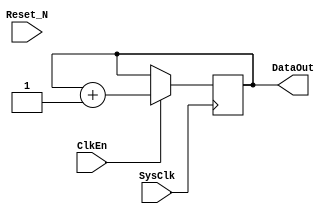

 `timescale 1ps/10fs   
 `define DebugData                                           
                                                            

///////////////////////////////////////////////////////////
/**********************************************************
	
	
	
	
	
	
	
	 2019-6-28
	V10
	
**********************************************************/

module PRBS9GenX8
(   
	//System Signal
	SysClk,		//(I)System Clock
	Reset_N,	//(I)System Reset
	//Signal
	ClkEn		,	//(I)Clock Enable
	DataOut		//(O)Data Output
);

 	//Define  Parameter
	/////////////////////////////////////////////////////////
	parameter		TCo_C   		= 1;    
		
	localparam	Alignment0 = 9'b1_000_100_00;	//1041X9+X5+1
	localparam	Alignment1 = 9'b1_000_010_00;	//1021
	localparam	Alignment2 = 9'b1_001_011_00; //1131
	localparam	Alignment3 = 9'b1_100_110_00;	//1461
	localparam	Alignment4 = 9'b1_100_010_01;	//1423
	localparam	Alignment5 = 9'b1_000_101_10; //1055	    
	localparam	Alignment6 = 9'b1_001_110_11; //1167
	localparam	Alignment7 = 9'b1_101_100_00;	//1541
	
	/////////////////////////////////////////////////////////
	
	//Define Port
	/////////////////////////////////////////////////////////
	//System Signal
	input 				SysClk;				//
	input					Reset_N;			//
	
	/////////////////////////////////////////////////////////
	// Signal Define
	input		  		ClkEn  ;	
	output	[7:0]	DataOut;
	
	/////////////////////////////////////////////////////////
	
		
	//1111111111111111111111111111111111111111111111111111111
	
	/***************************************************
	
	
	***************************************************/ 
	wire	[7:0]  PrbsData;
		
	PRBS9Gen	#	(	.Alignment (Alignment0))
	U0_PRBSGen	
	(
		//System Signal
		.SysClk		(SysClk		),	//System Clock
		.Reset_N	(Reset_N	),	//System Reset
		//Signal
		.ClkEn		(ClkEn		),	//Clock Enable
		.DataOut	(PrbsData[0])	//Data Output
	);
		
	PRBS9Gen	#	(	.Alignment (Alignment1))
	U1_PRBSGen	
	(
		//System Signal
		.SysClk		(SysClk		),	//System Clock
		.Reset_N	(Reset_N	),	//System Reset
		//Signal
		.ClkEn		(ClkEn		),	//Clock Enable
		.DataOut	(PrbsData[1])	//Data Output
	);
	
	PRBS9Gen	#	(	.Alignment (Alignment2))
	U2_PRBSGen	
	(
		//System Signal
		.SysClk		(SysClk		),	//System Clock
		.Reset_N	(Reset_N	),	//System Reset
		//Signal
		.ClkEn		(ClkEn		),	//Clock Enable
		.DataOut	(PrbsData[2])	//Data Output
	);
	
	PRBS9Gen	#	(	.Alignment (Alignment3))
	U3_PRBSGen	
	(
		//System Signal
		.SysClk		(SysClk		),	//System Clock
		.Reset_N	(Reset_N	),	//System Reset
		//Signal
		.ClkEn		(ClkEn		),	//Clock Enable
		.DataOut	(PrbsData[3])	//Data Output
	);
	
	PRBS9Gen	#	(	.Alignment (Alignment4))
	U4_PRBSGen	
	(
		//System Signal
		.SysClk		(SysClk		),	//System Clock
		.Reset_N	(Reset_N	),	//System Reset
		//Signal
		.ClkEn		(ClkEn		),	//Clock Enable
		.DataOut	(PrbsData[4])	//Data Output
	);
	
	PRBS9Gen	#	(	.Alignment (Alignment5))
	U5_PRBSGen	
	(
		//System Signal
		.SysClk		(SysClk		),	//System Clock
		.Reset_N	(Reset_N	),	//System Reset
		//Signal
		.ClkEn		(ClkEn		),	//Clock Enable
		.DataOut	(PrbsData[5])	//Data Output
	);
	
	PRBS9Gen	#	(	.Alignment (Alignment6))
	U6_PRBSGen	
	(
		//System Signal
		.SysClk		(SysClk		),	//System Clock
		.Reset_N	(Reset_N	),	//System Reset
		//Signal
		.ClkEn		(ClkEn		),	//Clock Enable
		.DataOut	(PrbsData[6])	//Data Output
	);
	
	PRBS9Gen	#	(	.Alignment (Alignment7))
	U7_PRBSGen	
	(
		//System Signal
		.SysClk		(SysClk		),	//System Clock
		.Reset_N	(Reset_N	),	//System Reset
		//Signal
		.ClkEn		(ClkEn		),	//Clock Enable
		.DataOut	(PrbsData[7])	//Data Output
	);
	
`ifdef DebugData //&&&&&&&&&&&&&&&&&&&&&&&&&&&&&&&&&&&&&&&&&&&&&&&&&&&&&&&&&&&&&&&&
  reg [7:0] CntData = 8'h0;
  
  always @( posedge SysClk)  if (ClkEn) CntData <= # TCo_C CntData + 8'h1;  
  
	wire	[7:0]	DataOut = CntData;
  
`else //&&&&&&&&&&&&&&&&&&&&&&&&&&&&&&&&&&&&&&&&&&&&&&&&&&&&&&&&&&&&&&&&&&&&&&& 
	wire	[7:0]	DataOut = PrbsData;
	
`endif //&&&&&&&&&&&&&&&&&&&&&&&&&&&&&&&&&&&&&&&&&&&&&&&&&&&&&&&&&&&&&&&&&&&&&& 
  
	//1111111111111111111111111111111111111111111111111111111
	
	
	
	
endmodule 
	
		
///////////////////////////////////////////////////////////
/**********************************************************
	
	
	
	
	
	
	
	 2019-6-28
	V10
	
**********************************************************/

module PRBS9ChkX8
(
	//System Signal
	SysClk  ,		//(I)System Clock
	Reset_N ,		//(I)System Reset
	//Signal
	DataIn  ,		//(I)Data Input
	ClkEn   ,		//(I)Clock Enable
	Error   ,		//(O)Data Error
	Right				//(O)Data Right
);

 	//Define  Parameter
	/////////////////////////////////////////////////////////
	parameter		TCo_C   		= 1;    
		
	parameter RightCntWidth_C = 20;
	
	localparam	Alignment0 = 9'b1_000_100_00;	//1041X9+X5+1
	localparam	Alignment1 = 9'b1_000_010_00;	//1021
	localparam	Alignment2 = 9'b1_001_011_00; //1131
	localparam	Alignment3 = 9'b1_100_110_00;	//1461
	localparam	Alignment4 = 9'b1_100_010_01;	//1423
	localparam	Alignment5 = 9'b1_000_101_10; //1055	    
	localparam	Alignment6 = 9'b1_001_110_11; //1167
	localparam	Alignment7 = 9'b1_101_100_00;	//1541
	
	/////////////////////////////////////////////////////////
	
	//Define Port
	/////////////////////////////////////////////////////////
	//System Signal
	input 				SysClk;				//
	input					Reset_N;			//
	
	/////////////////////////////////////////////////////////
	// Signal Define
	input	[7:0]	  DataIn  ;	//(I)Data Input
	input				  ClkEn   ;	//(I)Clock Enable
	output [7:0]	Error   ;	//(O)Data Error
	output [7:0]	Right		;	//(O)Data Right
	
	//1111111111111111111111111111111111111111111111111111111
	
	/***************************************************
	
	
	***************************************************/ 
	wire	[7:0]	RxError;
	wire	[7:0]	RxRight;
	
	PRBS9Chk # (.Alignment			(Alignment0),
							.RightCntWidth_C(RightCntWidth_C))
	U0_PRBS9Chk
	(
		//System Signal
		.SysClk  (SysClk  ),//(I)System Clock
		.Reset_N (Reset_N ),//(I)System Reset
		//Signal
		.DataIn	(DataIn[0]),	//(I)Data Input
		.ClkEn 	(ClkEn 	),	//(I)Clock Enable
		.Error 	(RxError[0]),	//(O)Data Error
		.Right	(RxRight[0]) 	//(O)Data Right
	);
	
	PRBS9Chk # (.Alignment			(Alignment1),
							.RightCntWidth_C(RightCntWidth_C))
	U1_PRBS9Chk
	(
		//System Signal
		.SysClk  (SysClk  ),//(I)System Clock
		.Reset_N (Reset_N ),//(I)System Reset
		//Signal
		.DataIn	(DataIn[1]),	//(I)Data Input
		.ClkEn 	(ClkEn 	),	//(I)Clock Enable
		.Error 	(RxError[1]),	//(O)Data Error
		.Right	(RxRight[1]) 	//(O)Data Right
	);
	PRBS9Chk # (.Alignment			(Alignment2),
							.RightCntWidth_C(RightCntWidth_C))
	U2_PRBS9Chk
	(
		//System Signal
		.SysClk  (SysClk  ),//(I)System Clock
		.Reset_N (Reset_N ),//(I)System Reset
		//Signal
		.DataIn	(DataIn[2]),	//(I)Data Input
		.ClkEn 	(ClkEn 	),	//(I)Clock Enable
		.Error 	(RxError[2]),	//(O)Data Error
		.Right	(RxRight[2]) 	//(O)Data Right
	);
	PRBS9Chk # (.Alignment			(Alignment3),
							.RightCntWidth_C(RightCntWidth_C))
	U3_PRBS9Chk
	(
		//System Signal
		.SysClk  (SysClk  ),//(I)System Clock
		.Reset_N (Reset_N ),//(I)System Reset
		//Signal
		.DataIn	(DataIn[3]),	//(I)Data Input
		.ClkEn 	(ClkEn 		),	//(I)Clock Enable
		.Error 	(RxError[3]),	//(O)Data Error
		.Right	(RxRight[3]) 	//(O)Data Right
	);
	PRBS9Chk # (.Alignment			(Alignment4),
							.RightCntWidth_C(RightCntWidth_C))
	U4_PRBS9Chk
	(
		//System Signal
		.SysClk  (SysClk  ),//(I)System Clock
		.Reset_N (Reset_N ),//(I)System Reset
		//Signal
		.DataIn	(DataIn[4]),	//(I)Data Input
		.ClkEn 	(ClkEn 	),	//(I)Clock Enable
		.Error 	(RxError[4]),	//(O)Data Error
		.Right	(RxRight[4]) 	//(O)Data Right
	);
	PRBS9Chk # (.Alignment			(Alignment5),
							.RightCntWidth_C(RightCntWidth_C))
	U5_PRBS9Chk
	(
		//System Signal
		.SysClk  (SysClk  ),//(I)System Clock
		.Reset_N (Reset_N ),//(I)System Reset
		//Signal
		.DataIn	(DataIn[5]),	//(I)Data Input
		.ClkEn 	(ClkEn 		),	//(I)Clock Enable
		.Error 	(RxError[5]),	//(O)Data Error
		.Right	(RxRight[5]) 	//(O)Data Right
	);
	PRBS9Chk # (.Alignment			(Alignment6),
							.RightCntWidth_C(RightCntWidth_C))
	U6_PRBS9Chk
	(
		//System Signal
		.SysClk  (SysClk  ),//(I)System Clock
		.Reset_N (Reset_N ),//(I)System Reset
		//Signal
		.DataIn	(DataIn[6]),	//(I)Data Input
		.ClkEn 	(ClkEn 		),	//(I)Clock Enable
		.Error 	(RxError[6]),	//(O)Data Error
		.Right	(RxRight[6]) 	//(O)Data Right
	);
	PRBS9Chk # (.Alignment			(Alignment7),
							.RightCntWidth_C(RightCntWidth_C))
	U7_PRBS9Chk
	(
		//System Signal
		.SysClk  (SysClk  ),//(I)System Clock
		.Reset_N (Reset_N ),//(I)System Reset
		//Signal
		.DataIn	(DataIn[7] ),	//(I)Data Input
		.ClkEn 	(ClkEn 	),	//(I)Clock Enable
		.Error 	(RxError[7]),	//(O)Data Error
		.Right	(RxRight[7]) 	//(O)Data Right
	);
	
	
`ifdef DebugData //&&&&&&&&&&&&&&&&&&&&&&&&&&&&&&&&&&&&&&&&&&&&&&&&&&&&&&&&&&&&&&&&
	//Debug
  reg [7:0] LastRxData = 8'h0;
  
  always @( posedge SysClk)  if (ClkEn) LastRxData <= # TCo_C DataIn + 8'h1;
  
  reg [7:0] Error = 8'h0;
  
  always @( posedge SysClk)  if (ClkEn) Error  <= # TCo_C (LastRxData ^ DataIn);  
  
`else //&&&&&&&&&&&&&&&&&&&&&&&&&&&&&&&&&&&&&&&&&&&&&&&&&&&&&&&&&&&&&&&&&&&&&&& 
	wire  [7:0] Error = RxError;
	
`endif //&&&&&&&&&&&&&&&&&&&&&&&&&&&&&&&&&&&&&&&&&&&&&&&&&&&&&&&&&&&&&&&&&&&&&& 

  reg [RightCntWidth_C-1:0]   RightChkCnt;
  
  always @( posedge SysClk)  if (ClkEn) RightChkCnt <= # TCo_C RightChkCnt + {{(RightCntWidth_C-1){1'h0}},1'h1};
  
	/////////////////////////////////////////////////////////
  reg  RightChkEn;
  
  always @( posedge SysClk)  RightChkEn <= # TCo_C  &RightChkCnt & ClkEn;
  
	/////////////////////////////////////////////////////////
  reg [7:0]  RightChk;
  
  always @( posedge SysClk) 
  begin
    if (RightChkEn)   RightChk  <= # TCo_C 8'hff;
    else  
    begin      
      if (Error[0])   RightChk[0] <= # TCo_C 1'h0;
      if (Error[1])   RightChk[1] <= # TCo_C 1'h0;
      if (Error[2])   RightChk[2] <= # TCo_C 1'h0;
      if (Error[3])   RightChk[3] <= # TCo_C 1'h0;
      if (Error[4])   RightChk[4] <= # TCo_C 1'h0;
      if (Error[5])   RightChk[5] <= # TCo_C 1'h0;
      if (Error[6])   RightChk[6] <= # TCo_C 1'h0;
      if (Error[7])   RightChk[7] <= # TCo_C 1'h0;
    end
  end
  
  reg [7:0]  Right;
  
  always @( posedge SysClk)  if (RightChkEn)  Right <= # TCo_C RightChk; 
  
	//1111111111111111111111111111111111111111111111111111111
	
	
	
endmodule
		                                                            
                                                            
                                                            
                                                            
                                                            
                                                            
                                                            
                                                            
                                                                                                                                                                                   
///////////////////////////////////////////////////////////  
/**********************************************************  
	                                                 
	                                                           
	                                                 
		1SysClk, Reset_N                            
		2                                  
		3                                  
		4ClkEn                             
		5	                                          
		6                                          
	                                                   
		1DataOut                                   
		2                            
		3	                                             
		4                                            
		                                       
**********************************************************/ 
module PRBS9Gen
(
	//System Signal
	SysClk	,	//System Clock
	Reset_N	,	//System Reset
	//Signal
	ClkEn		,	//Clock Enable
	DataOut		//Data Output
);

	parameter  TCo_C = 1;                
	parameter	 Alignment = 9'b1_000_100_00;	//1041X9+X5+1
	
/*
	parameter		Alignment = 9'b1_000_010_00;	//1021
	parameter		Alignment = 9'b1_001_011_00; 	//1131
	parameter		Alignment = 9'b1_100_110_00;	//1461
	parameter		Alignment = 9'b1_100_010_01;	//1423
	parameter		Alignment = 9'b1_000_101_10; 	//1055	    
	parameter		Alignment = 9'b1_001_110_11; 	//1167
	parameter		Alignment = 9'b1_101_100_00;	//1541
	parameter		Alignment = 9'b1_011_011_01; 	//1333
	parameter		Alignment = 9'b1_110_000_10;	//1605
	parameter		Alignment = 9'b1_010_011_00; 	//1231
	parameter		Alignment = 9'b1_000_010_11; 	//1027
*/	
	input		  SysClk ;
	input		  Reset_N;
	input		  ClkEn  ;	
	output		DataOut;
	
	reg	[8:0]	PRBSSft;
	
  /***************************************************
	SysClk,Reset_N,ClkEn
	DataOut
	
	 
		
	***************************************************/   
	wire	[8:0]	PRBSAlignment;
	wire    		PRBSIn       ;  
	wire			  DataOut      ;
	
	assign  # TCo_C	PRBSAlignment = PRBSSft & Alignment;
	assign  # TCo_C PRBSIn = 	PRBSAlignment[0] ^ PRBSAlignment[1]
								^	PRBSAlignment[2] ^ PRBSAlignment[3]	 
								^	PRBSAlignment[4] ^ PRBSAlignment[5]	
								^	PRBSAlignment[6] ^ PRBSAlignment[7]	
								^	PRBSAlignment[8];	
	
	always @ (posedge SysClk or negedge Reset_N)
	begin
		if ( ! Reset_N)
		begin
			PRBSSft	<= # TCo_C 9'h0;
		end
		else if (ClkEn)
		begin      
			if (|PRBSSft)
			begin
				PRBSSft[8]	<= # TCo_C PRBSSft[7];
				PRBSSft[7]	<= # TCo_C PRBSSft[6];
				PRBSSft[6]	<= # TCo_C PRBSSft[5];
				PRBSSft[5]	<= # TCo_C PRBSSft[4];
				PRBSSft[4]	<= # TCo_C PRBSSft[3];
				PRBSSft[3]	<= # TCo_C PRBSSft[2];
				PRBSSft[2]	<= # TCo_C PRBSSft[1];
				PRBSSft[1]	<= # TCo_C PRBSSft[0];
				PRBSSft[0]	<= # TCo_C PRBSIn ; 
			end
			else
			begin
				PRBSSft	<= # TCo_C Alignment;
			end
		end
	end	                          
	
	assign # TCo_C DataOut = PRBSSft[8];    
	
endmodule





                           
///////////////////////////////////////////////////////////  
/**********************************************************  
	                                                
	                                                           
	                                                 
		1SysClk, Reset_N                            
		2                                  
		3DataIn                                  
		4ClkEn                             
		5	                                          
		6                                          
	                                                   
		1                                   
		2Error,Right                           
		3	                                             
		4                                            
		                                       
**********************************************************/

module PRBS9Chk
(
	//System Signal
	SysClk  ,
	Reset_N ,	
	//Signal
	DataIn  ,
	ClkEn   ,	
	Error    ,
	Right
);

	parameter	 	TCo_C = 1;    
	         
	parameter RightCntWidth_C = 20;
	
	localparam 	RCW_C = RightCntWidth_C;
	
	parameter		Alignment = 9'b1_000_100_00;	//1041X9+X5+1
	
/*parameter		Alignment = 9'b1_000_010_00;	//1021
	parameter		Alignment = 9'b1_001_011_00; 	//1131
	parameter		Alignment = 9'b1_100_110_00;	//1461
	parameter		Alignment = 9'b1_100_010_01;	//1423
	parameter		Alignment = 9'b1_000_101_10; 	//1055	    
	parameter		Alignment = 9'b1_001_110_11; 	//1167
	parameter		Alignment = 9'b1_101_100_00;	//1541
	parameter		Alignment = 9'b1_011_011_01; 	//1333
	parameter		Alignment = 9'b1_110_000_10;	//1605
	parameter		Alignment = 9'b1_010_011_00; 	//1231
	parameter		Alignment = 9'b1_000_010_11; 	//1027  
*/	
	
	input		SysClk	;
	input		Reset_N	;
	
	input		DataIn;
	input		ClkEn	;
	
	output	Error	;    
	output	Right	;
		
	/***************************************************
		SysClk,Reset_N,ClkEn
		DataShift[8:0]
		
	
		
	***************************************************/   
	reg	[8:0]	DataShift;                              
	
	always @ (posedge SysClk or negedge Reset_N)
	begin
		if ( ! Reset_N)
		begin
			DataShift	<= # TCo_C 0;
		end
		else if (ClkEn)
		begin
			DataShift[8]	<= # TCo_C DataShift[7];
			DataShift[7]	<= # TCo_C DataShift[6];
			DataShift[6]	<= # TCo_C DataShift[5];
			DataShift[5]	<= # TCo_C DataShift[4];
			DataShift[4]	<= # TCo_C DataShift[3];
			DataShift[3]	<= # TCo_C DataShift[2];
			DataShift[2]	<= # TCo_C DataShift[1];
			DataShift[1]	<= # TCo_C DataShift[0];
			DataShift[0]	<= # TCo_C DataIn;
		end
	end	
			
	/***************************************************
		SysClk,Reset_N,ClkEn,DataShift
		PRBSShift[8:0]
		
	
		
	***************************************************/   
	wire	[8:0]	PRBSAlignment;     
	reg		[8:0]	PRBSShift;
	wire    		PRBSIn;  
	
	assign  # TCo_C	PRBSAlignment = PRBSShift & Alignment;
	assign  # TCo_C PRBSIn = 	PRBSAlignment[0] ^ PRBSAlignment[1]
													^	PRBSAlignment[2] ^ PRBSAlignment[3]	 
													^	PRBSAlignment[4] ^ PRBSAlignment[5]	
													^	PRBSAlignment[6] ^ PRBSAlignment[7]	
													^	PRBSAlignment[8];	
								
	always @ (posedge SysClk or negedge Reset_N)
	begin
		if ( ! Reset_N)
		begin
			PRBSShift	<= # TCo_C 9'h0;
		end
		else
		begin
			if (ClkEn)
			begin
				if (DataShift != PRBSShift)
				begin
					PRBSShift[8:1]	<= # TCo_C DataShift[7:0];
					PRBSShift[0]		<=	# TCo_C DataIn;
				end
				else if (|PRBSShift)  
				begin
					PRBSShift[8]	<= # TCo_C PRBSShift[7];
					PRBSShift[7]	<= # TCo_C PRBSShift[6];
					PRBSShift[6]	<= # TCo_C PRBSShift[5];
					PRBSShift[5]	<= # TCo_C PRBSShift[4];
					PRBSShift[4]	<= # TCo_C PRBSShift[3];
					PRBSShift[3]	<= # TCo_C PRBSShift[2];
					PRBSShift[2]	<= # TCo_C PRBSShift[1];
					PRBSShift[1]	<= # TCo_C PRBSShift[0];
					PRBSShift[0]	<= # TCo_C PRBSIn ;  	  
				end
				else
				begin      
					PRBSShift	<= # TCo_C Alignment;	
				end
			end
		end
	end		
	
	/***************************************************
		SysClk,Reset_N,ClkEn,DataShift,PRBSShift[8:0]
		Error
		
		Err
		
	***************************************************/ 
	reg			Error;   
	
	always @ (posedge SysClk or negedge Reset_N)
	begin
		if ( ! Reset_N)		Error	<= # TCo_C 1'h1;   
		else							Error <= # TCo_C  DataShift != PRBSShift;   
	end      
	
  /***************************************************
		SysClk,Reset_N,ClkEn,Error
		RightCnt
		
		
		
	***************************************************/	
	reg	 [RCW_C-1:0]	RightCnt;  
	reg	 Right;
		
	always @ (posedge SysClk or negedge Reset_N)
	begin
		if ( ! Reset_N)
		begin
			RightCnt 	<= # TCo_C 	{RCW_C{1'h0}};
			Right			<= # TCo_C 	1'h0;
		end
		else	if (ClkEn)
		begin   
			if (Error)						RightCnt <= # TCo_C {RCW_C{1'h0}};
			else if (~&RightCnt)	RightCnt <= # TCo_C RightCnt + 	{{RCW_C-1{1'h0}},1'h1};
			
			Right			<= # TCo_C 	& RightCnt;
		end
	end      
	
endmodule